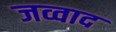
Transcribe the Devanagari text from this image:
जव्वाद